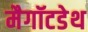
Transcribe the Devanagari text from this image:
मैगॉटडेथ